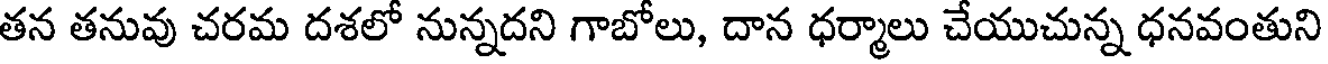
తన తనువు చరమ దశలో నున్నదని గాబోలు, దాన ధర్మాలు చేయుచున్న ధనవంతుని